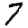
Digit: 7